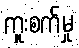
ကူးစက်မှု